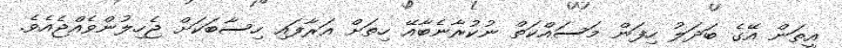
އީތަން އޭގެ ބަދަލު ހިފަން މަސައްކަތް ނުކުރާނެބާއޭ ހިތަށް އަރާފައި ހިސާބަކަށް ޖެހިލުންވެއްޖެއެވެ.